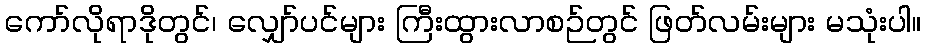
ကော်လိုရာဒိုတွင်၊ လျှော်ပင်များ ကြီးထွားလာစဉ်တွင် ဖြတ်လမ်းများ မသုံးပါ။